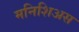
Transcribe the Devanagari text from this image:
मनिशिअस